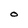
Character: O